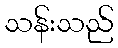
သန်းသည်